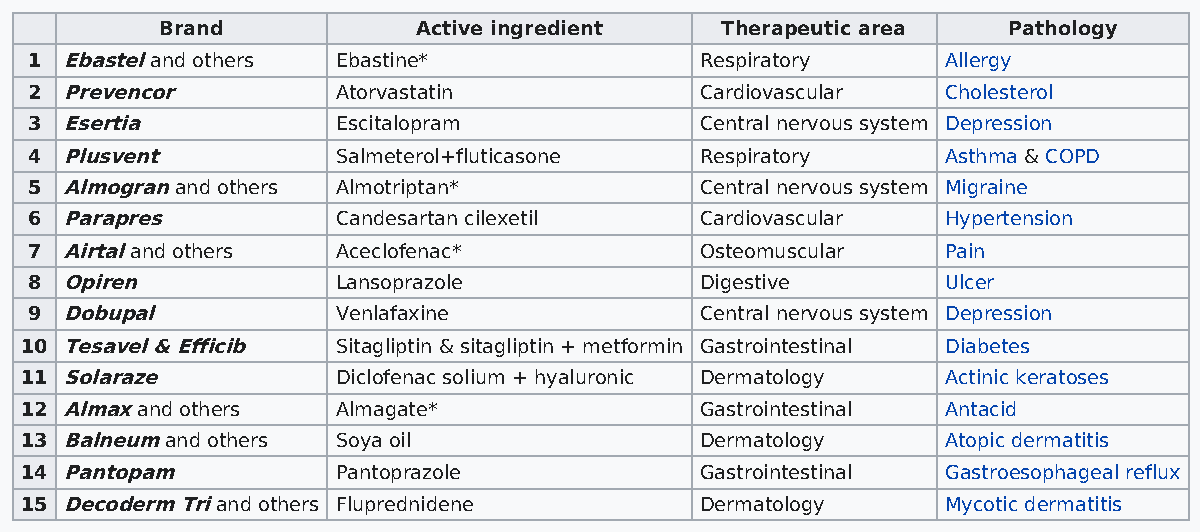
Brand            Active ingredient   Therapeutic area   Pathology
 1 Ebastel and others Ebastine*              Respiratory      Allergy
 2 Prevencor         Atorvastatin            Cardiovascular   Cholesterol
 3 Esertia           Escitalopram            Central nervous system Depression
 4 Plusvent          Salmeterol+fluticasone  Respiratory      Asthma & COPD
 5 Almogran and others Almotriptan*          Central nervous system Migraine
 6 Parapres          Candesartan cilexetil   Cardiovascular   Hypertension
 7 Airtal and others Aceclofenac*            Osteomuscular    Pain
 8 Opiren            Lansoprazole            Digestive        Ulcer
 9 Dobupal           Venlafaxine             Central nervous system Depression
 10 Tesavel & Efficib Sitagliptin & sitagliptin + metformin Gastrointestinal Diabetes
 11 Solaraze          Diclofenac solium + hyaluronic Dermatology Actinic keratoses
 12 Almax and others  Almagate*               Gastrointestinal Antacid
 13 Balneum and others Soya oil               Dermatology      Atopic dermatitis
 14 Pantopam          Pantoprazole            Gastrointestinal Gastroesophageal reflux
 15 Decoderm Tri and others Fluprednidene     Dermatology      Mycotic dermatitis